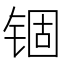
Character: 锢